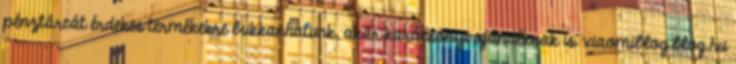
pénztárcát érdekes termékekre bukkanhatunk, akár karácsonyi ajándéknak is. xiaomiblog.blog.hu